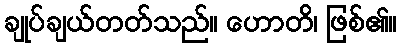
ချုပ်ချယ်တတ်သည်။ ဟောတိ၊ ဖြစ်၏။